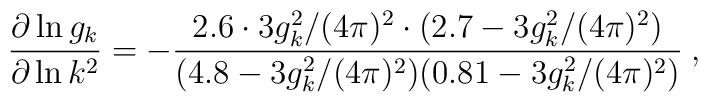
\frac{\partial \ln g_k}{\partial \ln k^2} = - \frac{2.6 \cdot 3g^2_k/(4\pi)^2   \cdot (2.7 - 3 g^2_k/(4\pi)^2)}{(4.8 - 3 g^2_k/(4\pi)^2)(0.81 - 3g^2_k/(4\pi)^2)} \:,